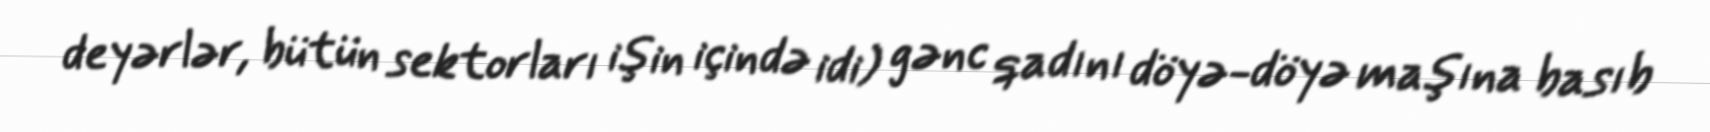
deyərlər, bütün sektorları işin içində idi) gənc qadını döyə-döyə maşına basıb